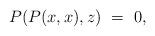
LaTeX: \begin{align*}P(P(x,x),z) ~=~ 0,\end{align*}